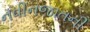
નવીનજાતની